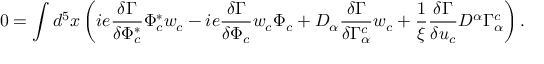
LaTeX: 0 = \int d ^ { 5 } x \left( i e \frac { \delta \Gamma } { \delta \Phi _ { c } ^ { * } } \Phi _ { c } ^ { * } w _ { c } - i e \frac { \delta \Gamma } { \delta \Phi _ { c } } w _ { c } \Phi _ { c } + D _ { \alpha } \frac { \delta \Gamma } { \delta \Gamma _ { \alpha } ^ { c } } w _ { c } + \frac { 1 } { \xi } \frac { \delta \Gamma } { \delta u _ { c } } D ^ { \alpha } \Gamma _ { \alpha } ^ { c } \right) .